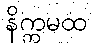
နိက္ကမထ